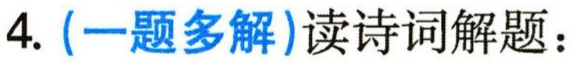
4. (一题多解)读诗词解题：